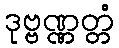
ဒုဗ္ဗဏ္ဏတ္တံ